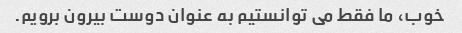
خوب، ما فقط می توانستیم به عنوان دوست بیرون برویم.